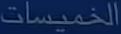
الخميسات